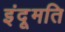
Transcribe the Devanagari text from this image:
इंदूमति